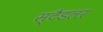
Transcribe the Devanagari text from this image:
स्टैडलर